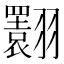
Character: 𦒬